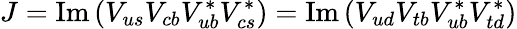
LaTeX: J=\mathrm{Im}\left(V_{us}V_{cb}V_{ub}^{*}V_{cs}^{*}\right)=\mathrm{Im}\left(V_{ud}V_{tb}V_{ub}^{*}V_{td}^{*}\right)